Leningradi_Edasi_toimetus, lk 39
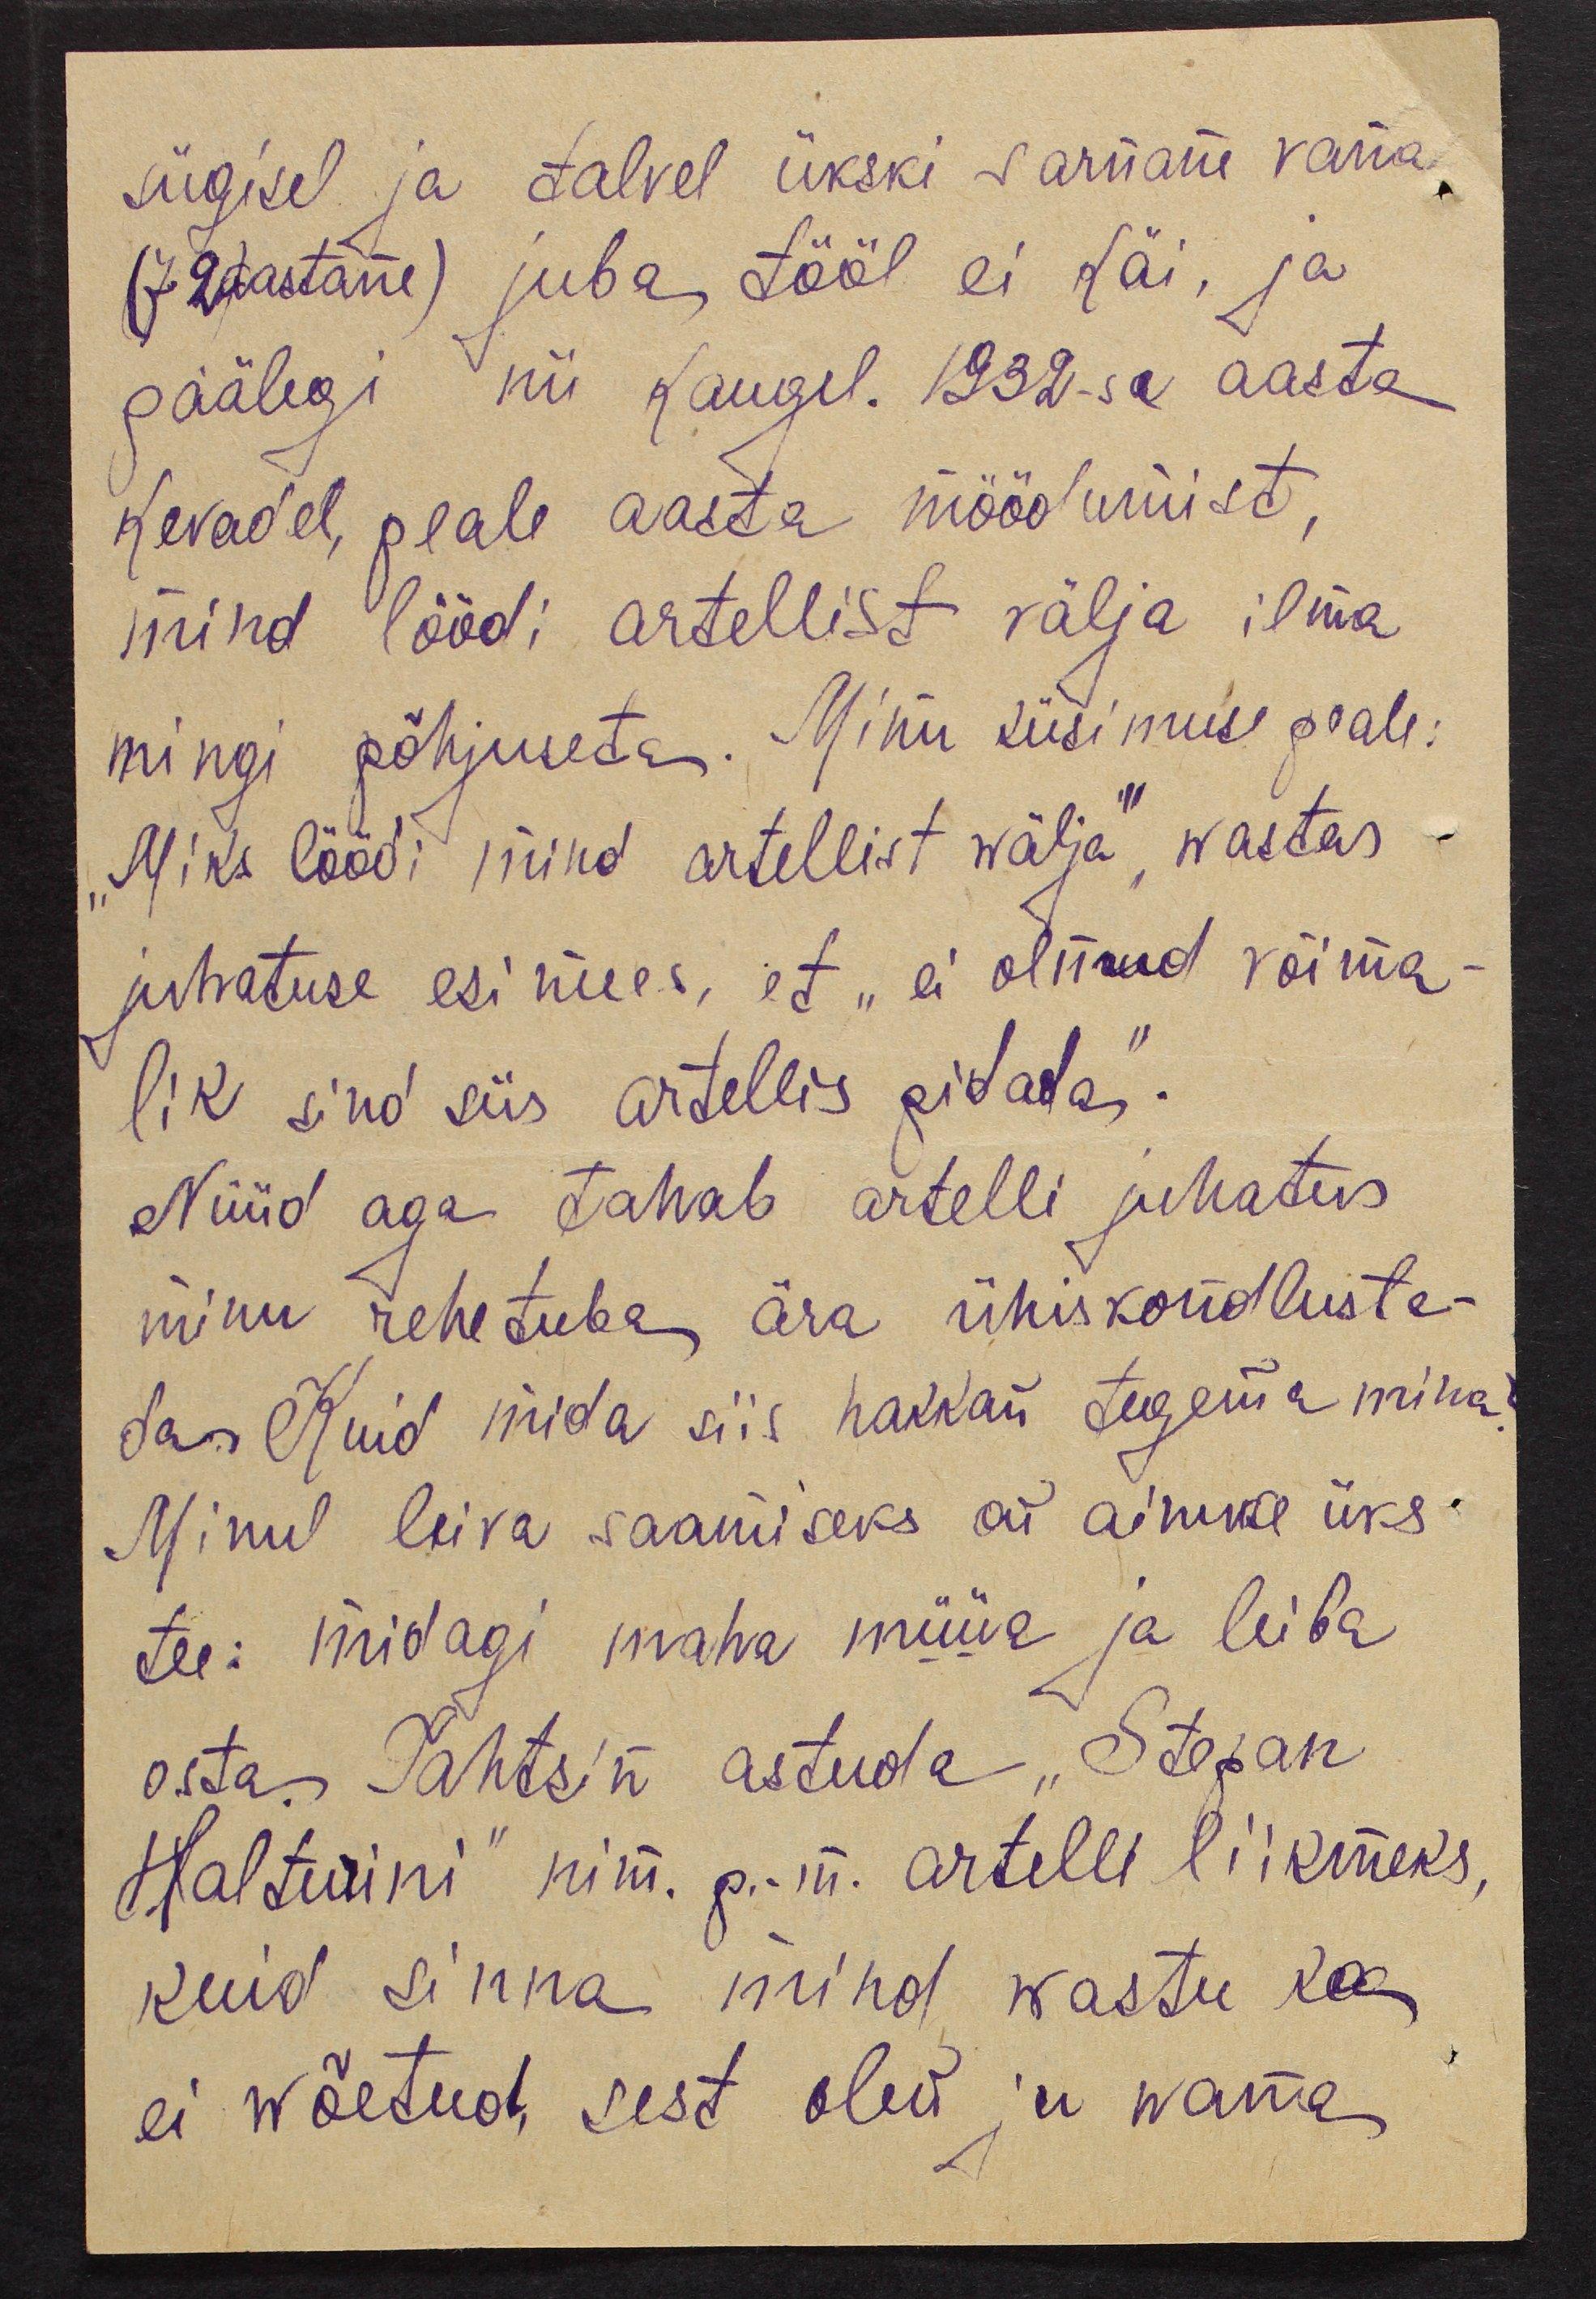
sügisel ja talvel ükski sarnane vana
(72) aastane) juba tööl ei käi, ja
päälegi nii kaugel. 1932-se aasta
kevadel, peale aasta möödumist,
mind löödi artellist välja ilma
mingi põhjuseta. Minu küsimuse peale:
"Miks löödi mind artellist wälja", wastas
juhatuse esimees, et "ei olnud võima-
lik sind siis artellis pidada".
Nüüd aga tahab artelli juhatus
minu rehetuba ära ühiskondlusta-
da. Kuid mida siis hakkan tegema mina
Minul leiva saamiseks on ainuke üks
tee: midagi maha müüa ja leiba
osta. Tahtsin astuda "Stepan
Halturini" nim. p.-m. artelli liikmeks,
kuid sinna mind wastu kaa
ei wõetud, sest olen ju wana